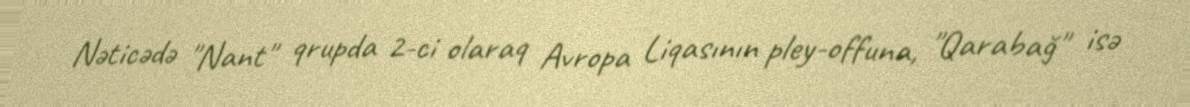
Nəticədə "Nant" qrupda 2-ci olaraq Avropa Liqasının pley-offuna, "Qarabağ" isə